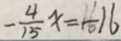
- \frac { 4 } { 1 5 } x = - 1 6